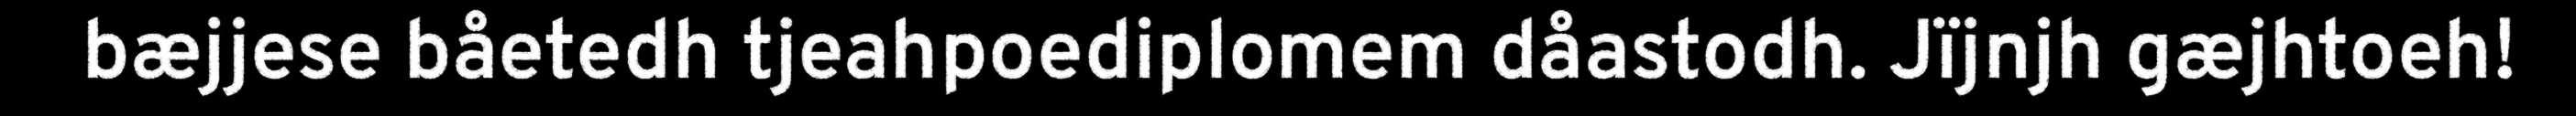
bæjjese båetedh tjeahpoediplomem dåastodh. Jïjnjh gæjhtoeh!